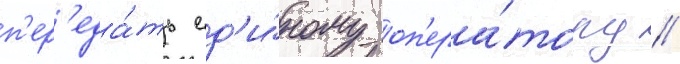
п'ер'еда́ть ед'и́ному оп'ера́тору //